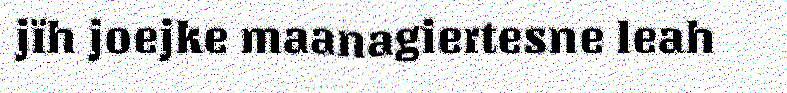
jïh joejke maanagiertesne leah